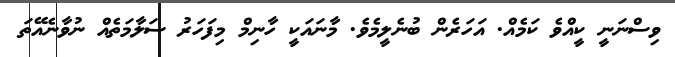
ވިސްނަނީ ކީއްވެ ކަމެއް. އަހަރެން ބުނެލީމެވެ. މާނައަކީ ހާނިމް މިފަހަރު ސަލާމަތެއް ނުވާނެއޭތަ